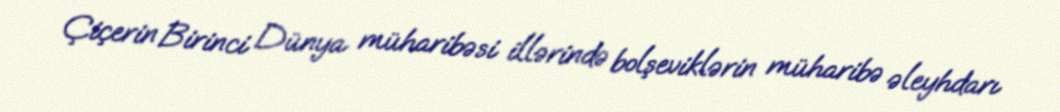
Çiçerin Birinci Dünya müharibəsi illərində bolşeviklərin müharibə əleyhdarı